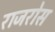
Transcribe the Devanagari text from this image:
राजरोस